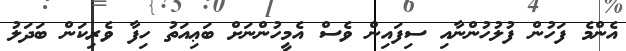
އެންމެ ފަހުން ފުލުހުންނާއި ސިފައިން ވެސް އެމީހުންނަށް ބަޢިއަތު ހިފާ ވެރިކަން ބަދަލު